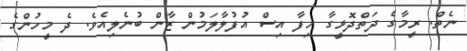
ނެތް. ރީމާގެ ދަތްދޮޅީގާ ހިފާ އިސް އުފުލާލަމުން ޒާން ބުނެލިއެވެ. ދެ މީހުންގެ